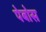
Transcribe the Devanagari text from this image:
पेबोस